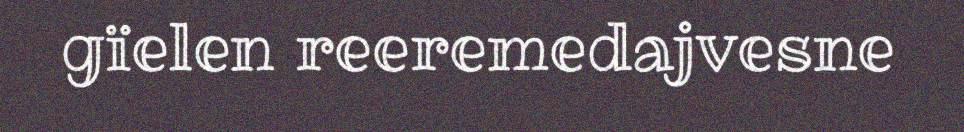
gïelen reeremedajvesne